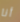
أنا